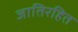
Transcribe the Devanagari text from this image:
जातिरहित